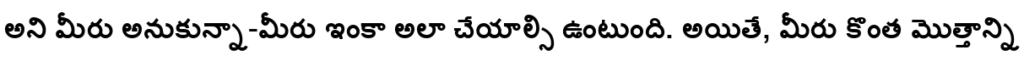
అని మీరు అనుకున్నా-మీరు ఇంకా అలా చేయాల్సి ఉంటుంది. అయితే, మీరు కొంత మొత్తాన్ని